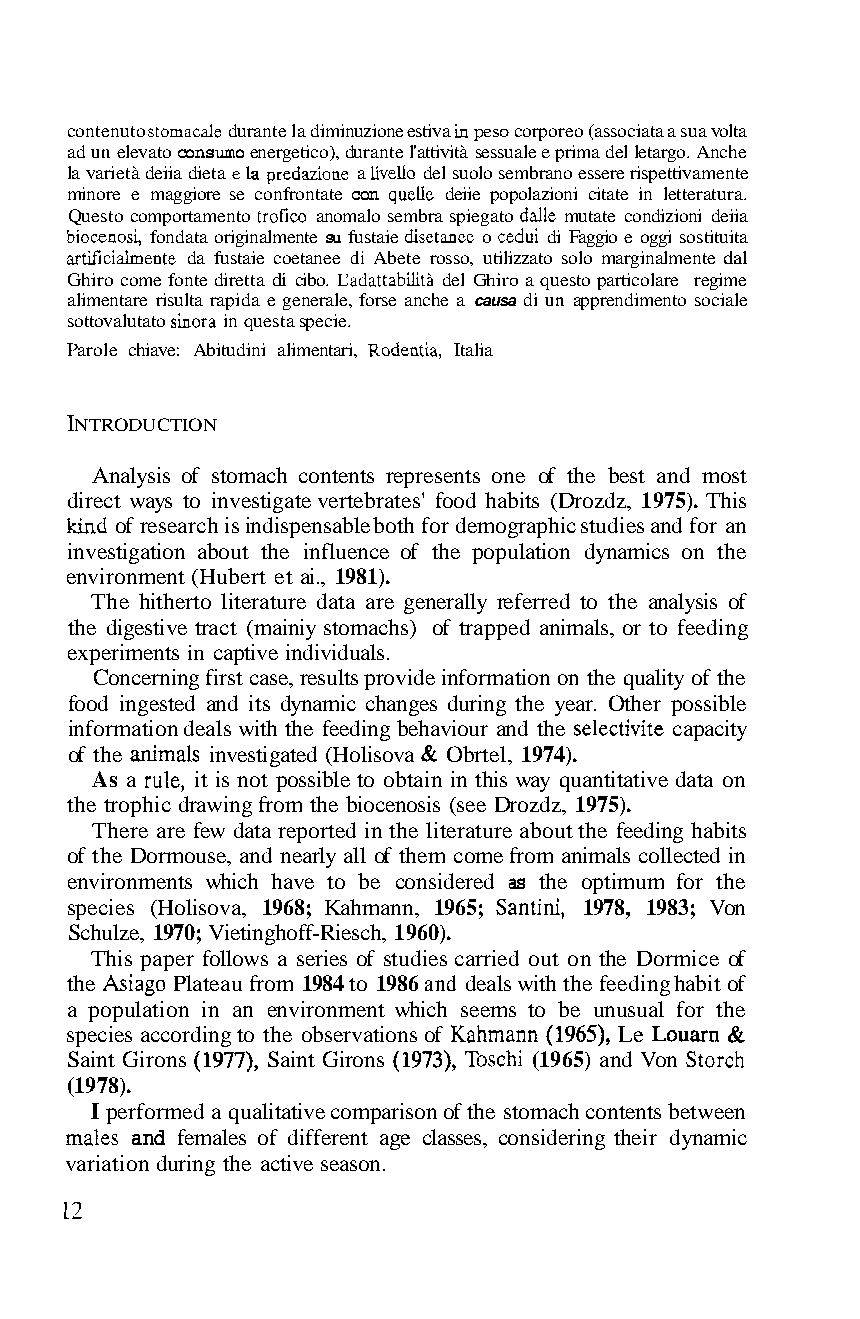
contenuto stomacale durante la diminuzione estiva in peso corporeo (associata a sua volta
 ad un elevato consumo energetico), durante l'attività sessuale e prima del letargo. Anche
 la varietà deiia dieta e la predazione a iiveiio del suolo sembrano essere rispettivamente
 minore e maggiore se confrontate con queiie deiie popolazioni citate in letteratura.
 Questo comportamento trofico anomalo sembra spiegato daiie mutate condizioni deiia
 biocenosi, fondata originalmente su fustaie disetauee o cedui di Faggio e oggi sostituita
 artificialmente da fustaie coetanee di Abete rosso, utilizzato solo marginalmente dal
 Ghiro come fonte diretta di cibo. Cadattabilità del Ghiro a questo particolare regime
 alimentare risulta rapida e generale, forse anche a causa di un apprendimento sociale
 sottovalutato sinora in questa specie.
 Parole chiave: Abitudini alimentari, Rodentia, Italia
 INTRODUCTION
 Analysis of stomach contents represents one of the best and most
 direct ways to investigate vertebrates' food habits (Drozdz, 1975). This
 kind of research is indispensable both for demographic studies and for an
 investigation about the influence of the population dynamics on the
 environment (Hubert et ai., 1981).
 The hitherto literature data are generally referred to the analysis of
 the digestive tract (mainiy stomachs) of trapped animals, or to feeding
 experiments in captive individuals.
 Concerning first case, results provide information on the quality of the
 food ingested and its dynamic changes during the year. Other possible
 information deals with the feeding behaviour and the selectivite capacity
 of the animals investigated (Holisova & Obrtel, 1974).
 As a rule, it is not possible to obtain in this way quantitative data on
 the trophic drawing from the biocenosis (see Drozdz, 1975).
 There are few data reported in the literature about the feeding habits
 of the Dormouse, and nearly all of them come from animals collected in
 environments which have to be considered as the optimum for the
 species (Holisova, 1968; Kahmann, 1965; Santini, 1978, 1983; Von
 Schulze, 1970; Vietinghoff-Riesch, 1960).
 This paper follows a series of studies carried out on the Dormice of
 the Asiago Plateau from 1984 to 1986 and deals with the feeding habit of
 a population in an environment which seems to be unusual for the
 species according to the observations of Kahmann (1965), Le Louarn &
 Saint Girons (1977), Saint Girons (1973), Toschi (1965) and Von Storch
 (1978).
 I performed a qualitative comparison of the stomach contents between
 males and females of different age classes, considering their dynamic
 variation during the active season.